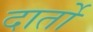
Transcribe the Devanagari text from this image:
दार्तो